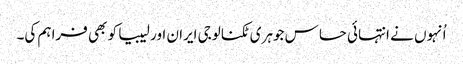
اُنہوں نے انتہائی حساس جوہری ٹکنالوجی ایران اور لیبیا کو بھی فراہم کی۔